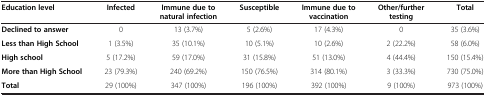
| Education level | Infected | Immune due to natural infection | Susceptible | Immune due to vaccination | Other/further testing | Total |
 | --- | --- | --- | --- | --- | --- | --- |
 | Declined to answer | 0 | 13 (3.7%) | 5 (2.6%) | 17 (4.3%) | 0 | 35 (3.6%) |
 | Less than High School | 1 (3.5%) | 35 (10.1%) | 10 (5.1%) | 10 (2.6%) | 2 (22.2%) | 58 (6.0%) |
 | High school | 5 (17.2%) | 59 (17.0%) | 31 (15.8%) | 51 (13.0%) | 4 (44.4%) | 150 (15.4%) |
 | More than High School | 23 (79.3%) | 240 (69.2%) | 150 (76.5%) | 314 (80.1%) | 3 (33.3%) | 730 (75.0%) |
 | Total | 29 (100%) | 347 (100%) | 196 (100%) | 392 (100%) | 9 (100%) | 973 (100%) |